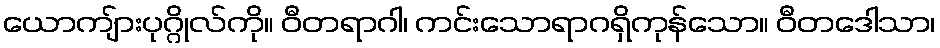
ယောကျ်ားပုဂ္ဂိုလ်ကို။ ဝီတရာဂါ၊ ကင်းသောရာဂရှိကုန်သော။ ဝီတဒေါသာ၊